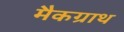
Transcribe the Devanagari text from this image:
मैकग्राथ